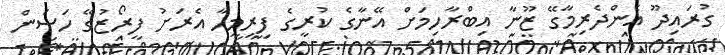
ގުރައިދޫ އެންދެރިމާގޭ ޒޫނާ އިބްރާހިމަށް އޭނާގެ ކުރީގެ ފިރިމީހާ އެރަށު ފީރޯޒުގޭ ހަސަން